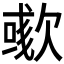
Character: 𣤁